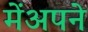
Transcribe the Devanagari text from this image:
मेंअपने